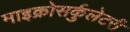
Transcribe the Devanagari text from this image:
माइक्रोसर्कुलेटरी